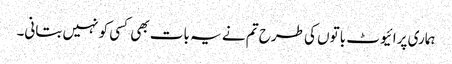
ہماری پرائیوٹ باتوں کی طرح تم نے یہ بات بھی کسی کو نہیں بتانی۔